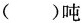
（）吨